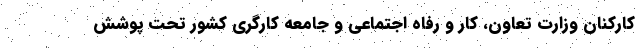
کارکنان وزارت تعاون، کار و رفاه اجتماعی و جامعه کارگری کشور تحت پوشش